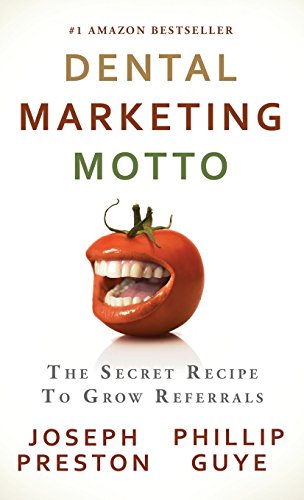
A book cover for Dental Marketing Motto: The Secret Recipe to Grow Referrals; Joseph Preston; Medical Books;